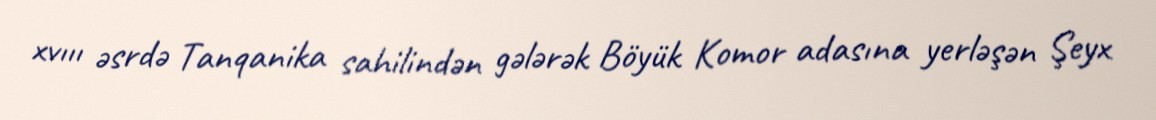
xvııı əsrdə Tanqanika sahilindən gələrək Böyük Komor adasına yerləşən Şeyx